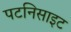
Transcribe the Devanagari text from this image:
पटनिसाइट